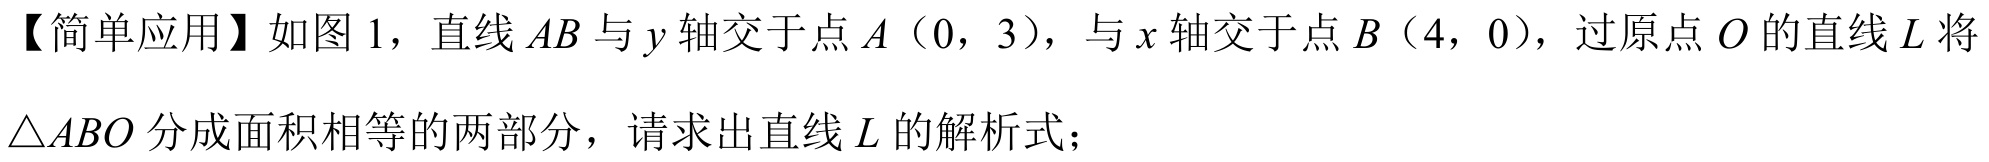
【简单应用】如图 1，直线\(AB\)与\(y\)轴交于点\(A\)（\(0\)，\(3\)），与\(x\)轴交于点\(B\)（\(4\)，\(0\)），过原点\(O\)的直线\(L\)将\(\triangle ABO\)分成面积相等的两部分，请求出直线\(L\)的解析式；